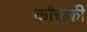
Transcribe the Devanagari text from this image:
काँचकी